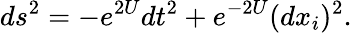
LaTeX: ds^{2}=-e^{2U}dt^{2}+e^{-2U}(dx_{i})^{2}.